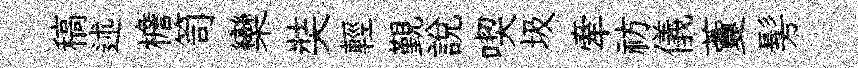
稿述檐笥欒奘輕覲說喫圾牽祊儀藑髣